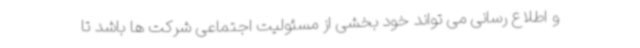
و اطلاع رسانی می تواند خود بخشی از مسئولیت اجتماعی شرکت ها باشد تا